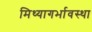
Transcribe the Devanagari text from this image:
मिथ्यागर्भावस्था